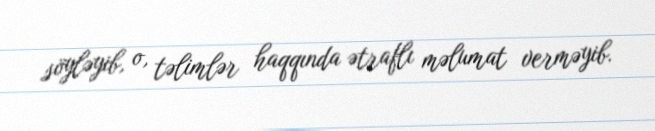
söyləyib, o, təlimlər haqqında ətraflı məlumat verməyib.